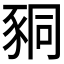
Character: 𧱁